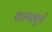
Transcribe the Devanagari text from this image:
शल्यपूर्व